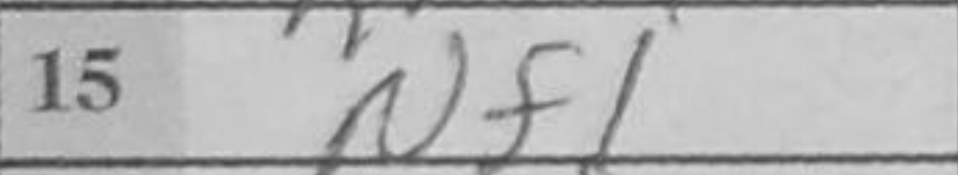
Transcription: Nf1